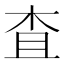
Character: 査